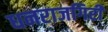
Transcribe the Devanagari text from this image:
धनराजगिरी